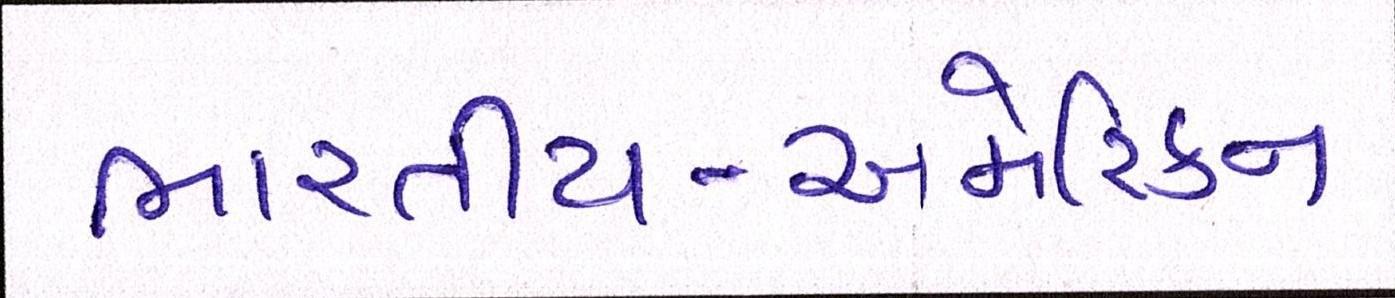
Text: ભારતીય-અમેરિકન